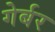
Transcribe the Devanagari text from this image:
गेर्बर